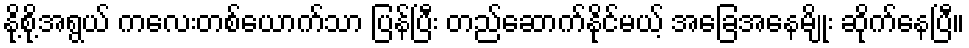
နို့စို့အရွယ် ကလေးတစ်ယောက်သာ ပြန်ပြီး တည်ဆောက်နိုင်မယ့် အခြေအနေမျိုး ဆိုက်နေပြီ။